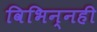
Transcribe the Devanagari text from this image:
विभिन्नही